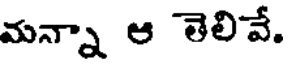
మన్నా ఆ తెలివే.